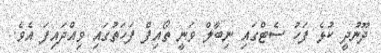
ދޫނުދީ ކުޅެ ފަހު ސެޓްގައި ނިބާލް ވަނީ ތޯއިފް ފަހަތުގައި ވިއްދައިފަ އެވެ.